Annual report of the Punjab Veterinary College and of the Civil Veterinary Department, Punjab - 1909-1919
Year: 1909
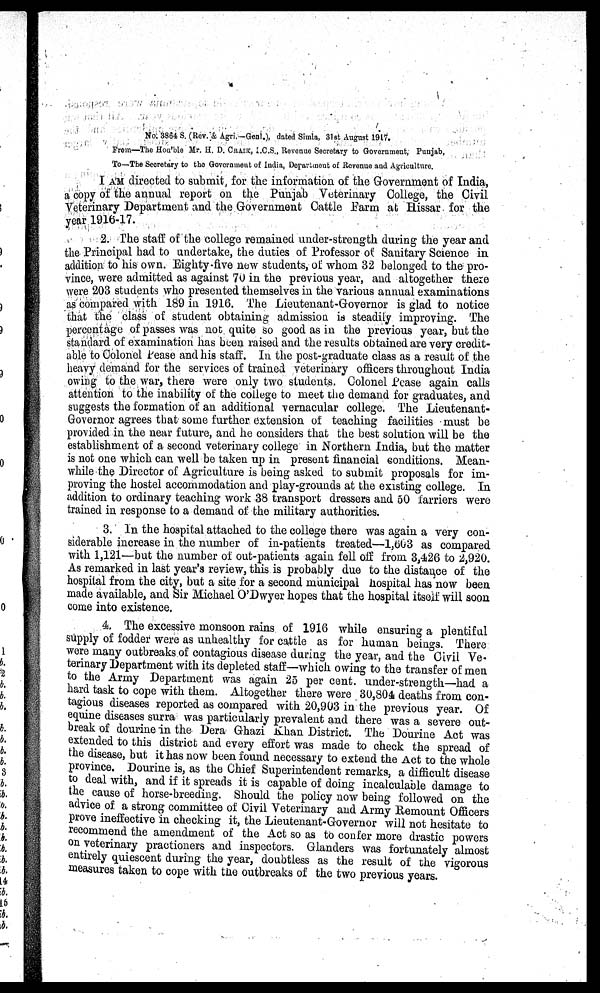
No. 3864 S. (Rev. & Agri.—Genl.), dated Simla, 31st August 1917.
From—The Hon'ble Mr. H. D. CRAIK, I.C.S., Revenue Secretary to Government, Punjab,
To—The Secretary to the Government of India, Department of Revenue and Agriculture.
I AM directed to submit, for the information of the Government of India,
a copy of the annual report on the Punjab Veterinary College, the Civil
Veterinary Department and the Government Cattle Farm at Hissar for the
year 1916-17.
2. The staff of the college remained under-strength during the year and
the Principal had to undertake, the duties of Professor of Sanitary Science in
addition to his own. Eighty five new students, of whom 32 belonged to the pro-
vince, were admitted as against 70 in the previous year, and altogether there
were 203 students who presented themselves in the various annual examinations
as compared with 189 in 1916. The Lieutenant-Governor is glad to notice
that the class of student obtaining admission is steadily improving. The
percentage of passes was not quite so good as in the previous year, but the
standard of examination has been raised and the results obtained are very credit-
able to Colonel Pease and his staff. In the post-graduate class as a result of the
heavy demand for the services of trained veterinary officers throughout India
owing to the war, there were only two students. Colonel Pease again calls
attention to the inability of the college to meet the demand for graduates, and
suggests the formation of an additional vernacular college. The Lieutenant-
Governor agrees that some further extension of teaching facilities must be
provided in the near future, and he considers that the best solution will be the
establishment of a second veterinary college in Northern India, but the matter
is not one which can well be taken up in present financial conditions. Mean-
while the Director of Agriculture is being asked to submit proposals for im-
proving the hostel accommodation and play-grounds at the existing college. In
addition to ordinary teaching work 38 transport dressers and 50 farriers were
trained in response to a demand of the military authorities.
3. In the hospital attached to the college there was again a very con-
siderable increase in the number of in-patients treated—1,603 as compared
with 1,121—but the number of out-patients again fell off from 3,426 to 2,920.
As remarked in last year's review, this is probably due to the distance of the
hospital from the city, but a site for a second municipal hospital has now been
made available, and Sir Michael O'Dwyer hopes that the hospital itself will soon
come into existence.
4. The excessive monsoon rains of 1916 while ensuring a plentiful
supply of fodder were as unhealthy for cattle as for human beings. There
were many outbreaks of contagious disease during the year, and the Civil Ve-
terinary Department with its depleted staff—which owing to the transfer of men
to the Army Department was again 25 per cent. under-strength—had a
hard task to cope with them. Altogether there were 30,804 deaths from con-
tagious diseases reported as compared with 20,903 in the previous year. Of
equine diseases surra was particularly prevalent and there was a severe out-
break of dourine in the Dera Ghazi Khan District. The Dourine Act was
extended to this district and every effort was made to check the spread of
the disease, but it has now been found necessary to extend the Act to the whole
province. Dourine is, as the Chief Superintendent remarks, a difficult disease
to deal with, and if it spreads it is capable of doing incalculable damage to
the cause of horse-breeding. Should the policy now being followed on the
advice of a strong committee of Civil Veterinary and Army Remount Officers
prove ineffective in checking it, the Lieutenant-Governor will not hesitate to
recommend the amendment of the Act so as to confer more drastic powers
on veterinary practioners and inspectors. Glanders was fortunately almost
entirely quiescent during the year, doubtless as the result of the vigorous
measures taken to cope with the outbreaks of the two previous years.